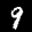
Label: 9